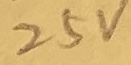
Text: 25V